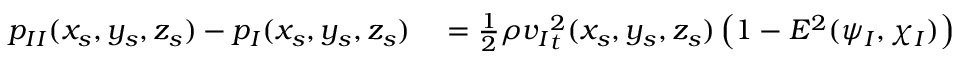
\begin{array} { r l } { { p _ { I I } } ( x _ { s } , y _ { s } , z _ { s } ) - { p _ { I } } ( x _ { s } , y _ { s } , z _ { s } ) } & { { } = { } \frac { 1 } { 2 } \rho { v _ { I } } _ { t } ^ { 2 } ( x _ { s } , y _ { s } , z _ { s } ) \left( 1 - E ^ { 2 } ( \psi _ { I } , \chi _ { I } ) \right) } \end{array}